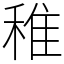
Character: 稚